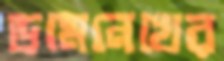
ডমেনেখের